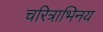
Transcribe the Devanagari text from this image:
चरित्राभिनय